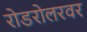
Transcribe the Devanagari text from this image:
रोडरोलरवर